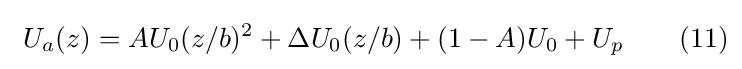
\ U_{a}(z)=AU_{0}(z/b)^{2}+\Delta U_{0}(z/b)+(1-A)U_{0}+U_{p}\qquad (11)